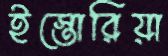
ইস্তোরিয়া